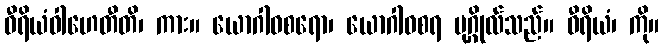
ဝီရိယံဝါဟေတီတိ၊ ကား။ ယောဂါဝစရော၊ ယောဂါဝစရ ပုဂ္ဂိုလ်သည်။ ဝီရိယံ၊ ကို။